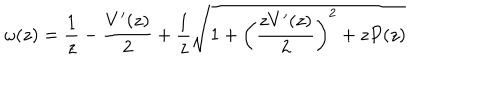
LaTeX: \omega ( z ) = \frac { 1 } { z } - \frac { V ^ { \prime } ( z ) } { 2 } + \frac { 1 } { z } \sqrt { 1 + \left( \frac { z V ^ { \prime } ( z ) } { 2 } \right) ^ { 2 } + z P ( z ) }